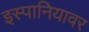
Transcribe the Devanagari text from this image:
इस्पानियावर